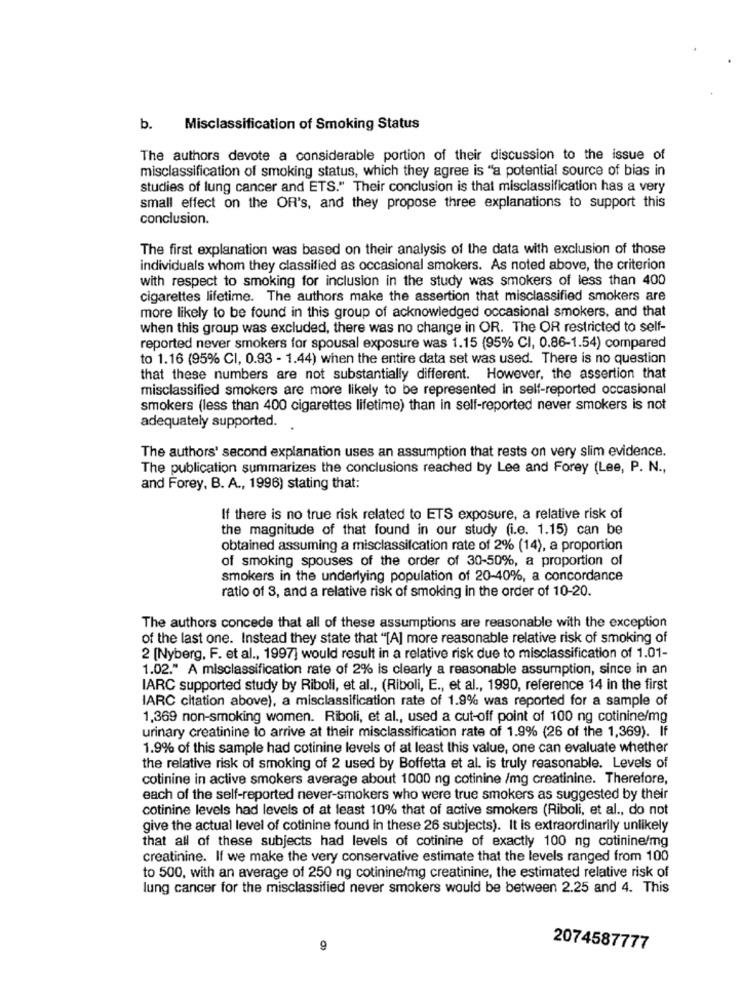
b.
Misclassification of Smoking Status
The authors devote a considerable portion of their discussion to the issue of
misclassification of smoking status, which they agree is "a potential source of bias in
studies of lung cancer and ETS." Their conclusion is that misclassification has a very
small effect on the OR's, and they propose three explanations to support this
conclusion.
The first explanation was based on their analysis of the data with exclusion of those
individuals whom they classified as occasional smokers. As noted above, the criterion
with respect to smoking for inclusion in the study was smokers of less than 400
cigarettes lifetime. The authors make the assertion that misclassified smokers are
more likely to be found in this group of acknowledged occasional smokers, and that
when this group was excluded, there was no change in OR. The OR restricted to self-
reported never smokers for spousal exposure was 1.15 (95% CI, 0.86-1.54) compared
to 1.16 (95% CI, 0.93 - 1.44) when the entire data set was used. There is no question
that these numbers are not substantially different. However, the assertion that
misclassified smokers are more likely to be represented in self-reported occasional
smokers (less than 400 cigarettes lifetime) than in self-reported never smokers is not
adequately supported.
The authors' second explanation uses an assumption that rests on very slim evidence.
The publication summarizes the conclusions reached by Lee and Forey (Lee, P. N .,
and Forey, B. A ., 1996) stating that:
If there is no true risk related to ETS exposure, a relative risk of
the magnitude of that found in our study (i.e. 1.15) can be
obtained assuming a misclassification rate of 2% (14), a proportion
of smoking spouses of the order of 30-50%, a proportion of
smokers in the underlying population of 20-40%, a concordance
ratio of 3, and a relative risk of smoking in the order of 10-20.
The authors concede that all of these assumptions are reasonable with the exception
of the last one. Instead they state that "[A] more reasonable relative risk of smoking of
2 [Nyberg, F. et al ., 1997] would result in a relative risk due to misclassification of 1.01-
1.02." A misclassification rate of 2% is clearly a reasonable assumption, since in an
IARC supported study by Riboli, et al ., (Riboli, E ., et al ., 1990, reference 14 in the first
IARC citation above), a misclassification rate of 1.9% was reported for a sample of
1,369 non-smoking women. Riboli, et al ., used a cut-off point of 100 ng cotinine/mg
urinary creatinine to arrive at their misclassification rate of 1.9% (26 of the 1,369). If
1.9% of this sample had cotinine levels of at least this value, one can evaluate whether
the relative risk of smoking of 2 used by Boffetta et al. is truly reasonable. Levels of
cotinine in active smokers average about 1000 ng cotinine /mg creatinine. Therefore,
each of the self-reported never-smokers who were true smokers as suggested by their
cotinine levels had levels of at least 10% that of active smokers (Riboli, et al ., do not
give the actual level of cotinine found in these 26 subjects). It is extraordinarily unlikely
that all of these subjects had levels of cotinine of exactly 100 ng cotinine/mg
creatinine. If we make the very conservative estimate that the levels ranged from 100
to 500, with an average of 250 ng cotinine/mg creatinine, the estimated relative risk of
lung cancer for the misclassified never smokers would be between 2.25 and 4. This
9
2074587777